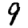
Digit: 9